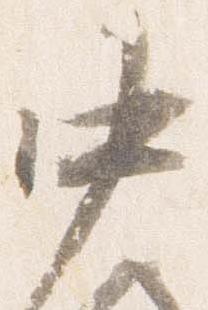
中